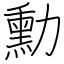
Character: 勳